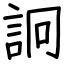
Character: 詗